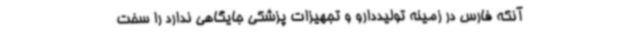
آنکه فارس در زمینه تولیددارو و تجهیزات پزشکی جایگاهی ندارد را سخت